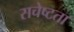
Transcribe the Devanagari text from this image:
सचेष्टता